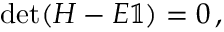
\mathrm { d e t } ( H - E \mathbb { 1 } ) = 0 \, ,